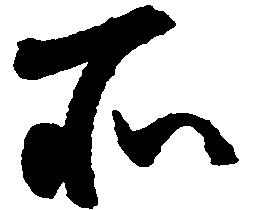
所